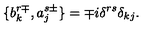
\{ b _ { k } ^ { r \mp } , a _ { j } ^ { s \pm } \} = \mp i \delta ^ { r s } \delta _ { k j } .